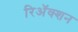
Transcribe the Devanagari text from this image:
रिअॅक्शन